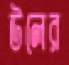
উলের